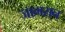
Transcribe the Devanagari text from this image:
जामसन